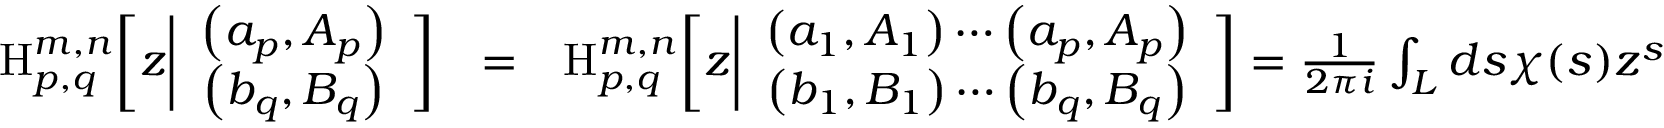
\begin{array} { r l r } { \mathrm { \large { H } } _ { p , q } ^ { m , n } \bigg [ z \bigg | \begin{array} { c } { \left( a _ { p } , A _ { p } \right) } \\ { \left( b _ { q } , B _ { q } \right) } \end{array} \bigg ] } & { = } & { \mathrm { \large { H } } _ { p , q } ^ { m , n } \bigg [ z \bigg | \begin{array} { c } { \left( a _ { 1 } , A _ { 1 } \right) \cdots \left( a _ { p } , A _ { p } \right) } \\ { \left( b _ { 1 } , B _ { 1 } \right) \cdots \left( b _ { q } , B _ { q } \right) } \end{array} \bigg ] = \frac { 1 } { 2 \pi i } \int _ { L } d s \chi ( s ) z ^ { s } } \end{array}